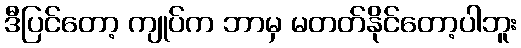
ဒီပြင်တော့ ကျုပ်က ဘာမှ မတတ်နိုင်တော့ပါဘူး